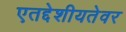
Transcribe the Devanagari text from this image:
एतद्देशीयतेवर